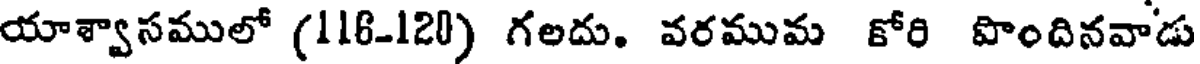
యాశ్వాసములో (118-120) గలదు. వరముమ కోరి పొందినవాడు